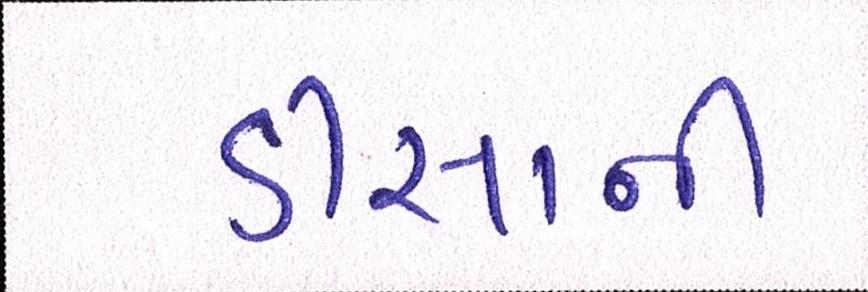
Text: ડીસાની